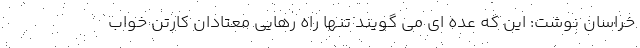
خراسان نوشت: این که عده ای می گویند تنها راه رهایی معتادان کارتن خواب